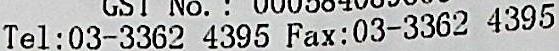
TEL:03-3362 4395 FAX:03-3362 4395